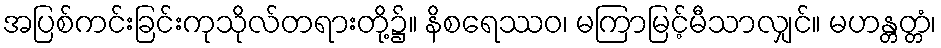
အပြစ်ကင်းခြင်းကုသိုလ်တရားတို့၌။ နိစရေဿဝ၊ မကြာမြင့်မီသာလျှင်။ မဟန္တတ္တံ၊